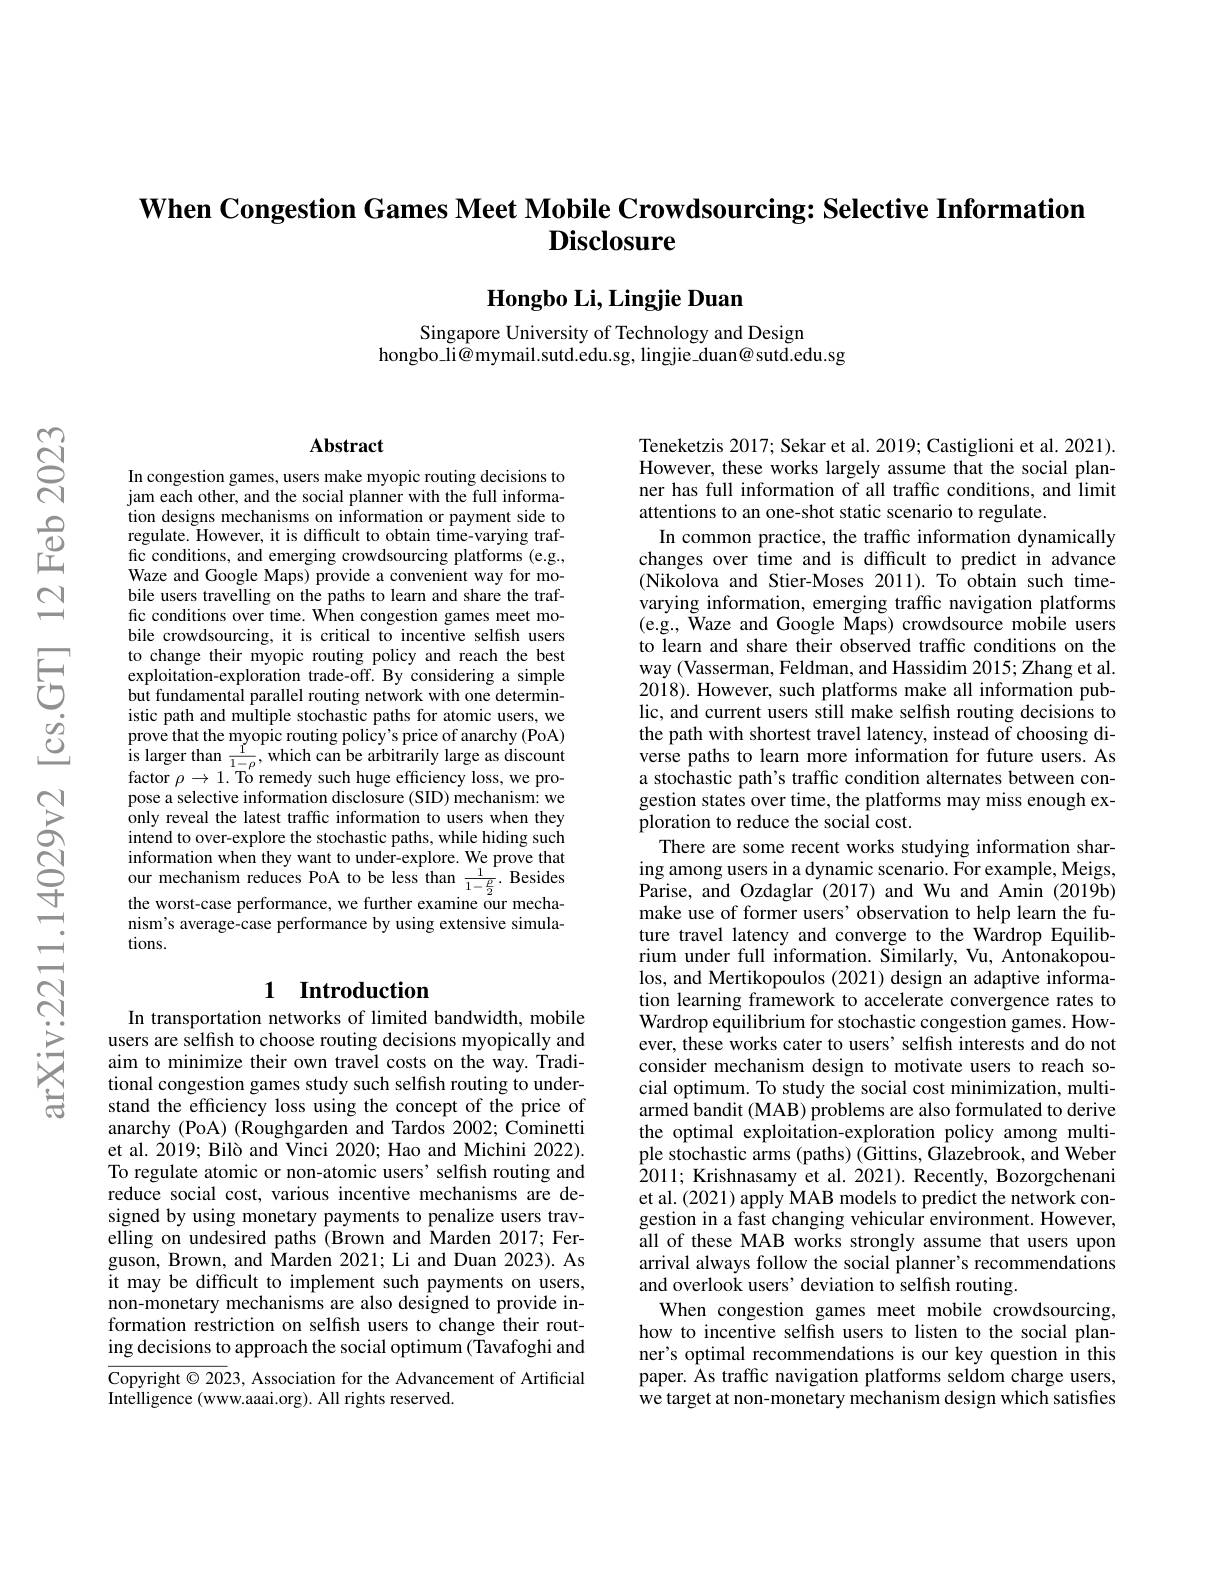
$\textbf{When Congestion Games Meet Mobile Crowdsourcing: Selective Information}$
# Disclosure

Hongbo Li, Lingjie Duan

Singapore University of Technology and Design
hongbo\_li@mymail.sutd.edu.sg, lingjie\_duan@ sutđ.edu.sg

### $\mathbf{Abstract}$

In congestion games, users make myopic routing decisions to jam each other, and the social planner with the full information designs mechanisms on information or payment side to regulate. However, it is difficult to obtain time-varying traffic conditions, and emerging crowdsourcing platforms (e.g., Waze and Google Maps) provide a convenient way for mobile users travelling on the paths to learn and share the traffic conditions over time. When congestion games meet mobile crowdsourcing, it is critical to incentive selfish users to change their myopic routing policy and reach the best exploitation-exploration trade-off. By considering a simple but fundamental parallel routing network with one deterministic path and multiple stochastic paths for atomic users, we prove that the myopic routing policy's price of anarchy (PoA) $\begin{array}{l}{\mathrm{is~larger~than~\frac{1}{1-\rho},which~can~be~arbitrarily~large~as~discount}}\\{\mathrm{factor~}\rho\to1.\mathrm{~To~remedy~such~huge~efficiency~loss,~we~pro-}}\end{array}$ $\begin{array}{l}\mathrm{factor~}\rho\to1.\text{To'remedysuch huge efficiency loss,we pro-}\\\mathrm{pose~a~selective~information~disclosure~(SID)~mechanism:~we}\end{array}$ only reveal the latest traffic information to users when they intend to over-explore the stochastic paths, while hiding such information when they want to under- explore. We prove that our mechanism reduces PoA to be less than $\frac 1{1- \frac \rho 2}.$ Besides the worst- case performance, we further examine our mechanism's average-case performance by using extensive simulations.

### 1 Introduction

In transportation networks of limited bandwidth, mobile users are selfish to choose routing decisions myopically and aim to minimize their own travel costs on the way. Traditional congestion games study such selfish routing to understand the efficiency loss using the concept of the price of anarchy (PoA) (Roughgarden and Tardos 2002; Cominetti et al. 2019; Bilò and Vinci 2020; Hao and Michini 2022). To regulate atomic or non-atomic users' selfish routing and reduce social cost, various incentive mechanisms are designed by using monetary payments to penalize users travelling on undesired paths (Brown and Marden 2017; Ferguson, Brown, and Marden 2021; Li and Duan 2023). As it may be difficult to implement such payments on users, non-monetary mechanisms are also designed to provide information restriction on selfish users to change their routing decisions to approach the social optimum (Tavafoghi and

Copyright $\odot$ 2023, Association for the Advancement of Artificial

Intelligence (www.aaai.org). All rights reserved.

Teneketzis 2017; Sekar et al. 2019; Castiglioni et al. 2021). However, these works largely assume that the social planner has full information of all traffc conditions, and limit attentions to an one-shot static scenario to regulate.
In common practice, the traffic information dynamically changes over time and is difficult to predict in advance (Nikolova and Stier-Moses 2011).To obtain such timevarying information, emerging traffic navigation platforms (e.g., Waze and Google Maps) crowdsource mobile users to learn and share their observed traffic conditions on the way (Vasserman, Feldman, and Hassidim 2015; Zhang et al. 2018). However, such platforms make all information public, and current users still make selfish routing decisions to the path with shortest travel latency, instead of choosing diverse paths to learn more information for future users. As a stochastic path's traffic condition alternates between congestion states over time, the platforms may miss enough exploration to reduce the social cost.
There are some recent works studying information sharing among users in a dynamic scenario. For example, Meigs, Parise, and Ozdaglar (2017) and Wu and Amin (2019b) make use of former users' observation to help learn the future travel latency and converge to the Wardrop Equilibrium under full information. Similarly, Vu, Antonakopoulos, and Mertikopoulos (2021) design an adaptive information learning framework to accelerate convergence rates to Wardrop equilibrium for stochastic congestion games. However, these works cater to users' selfish interests and do not consider mechanism design to motivate users to reach social optimum. To study the social cost minimization, multiarmed bandit (MAB) problems are also formulated to derive the optimal exploitation-exploration policy among multiple stochastic arms (paths) (Gittins, Glazebrook, and Weber $\hat{2}011;$ Krishnasamy et al. 2021). Recently, Bozorgchenani et al.(2021) apply MAB models to predict the network congestion in a fast changing vehicular environment. However, all of these MAB works strongly assume that users upon arrival always follow the social planner's recommendations and overlook users' deviation to selfish routing.
When congestion games meet mobile crowdsourcing, how to incentive selfish users to listen to the social planner's optimal recommendations is our key question in this paper. Ås traffic navigation platforms seldom charge users, we target at non-monetary mechanism design which satisfies